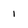
Character: l